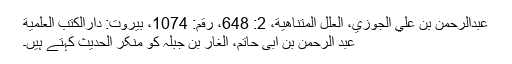
عبدالرحمن بن علي الجوزي، العلل المتناهية، 2: 648، رقم: 1074، بيروت: دارالكتب العلمية
عبد الرحمٰن بن ابی حاتم، الغار بن جبلہ کو منکر الحدیث کہتے ہیں۔